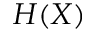
H ( X )